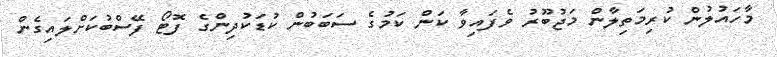
މާހައުލުން ކުރިމަތިލާން މަޖުބޫރު ވެފައިވާ ކަން ކަމުގެ ސަބަަބުން ކުޑަކުދިންގެ ފޮޓޯ ފޭސްބުކަށްލައިގެން